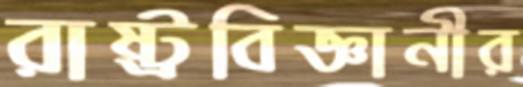
রাষ্ট্রবিজ্ঞানীর